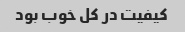
کیفیت در کل خوب بود